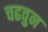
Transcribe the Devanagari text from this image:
चढवुन